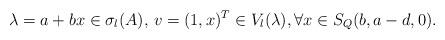
LaTeX: \begin{align*}\lambda=a+bx\in \sigma_l(A),\, v=(1,x)^T\in V_l(\lambda),\forall x\in S_Q(b,a-d,0).\end{align*}